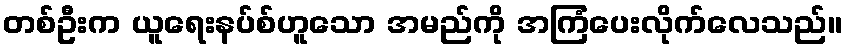
တစ်ဦးက ယူရေးနပ်စ်ဟူသော အမည်ကို အကြံပေးလိုက်လေသည်။